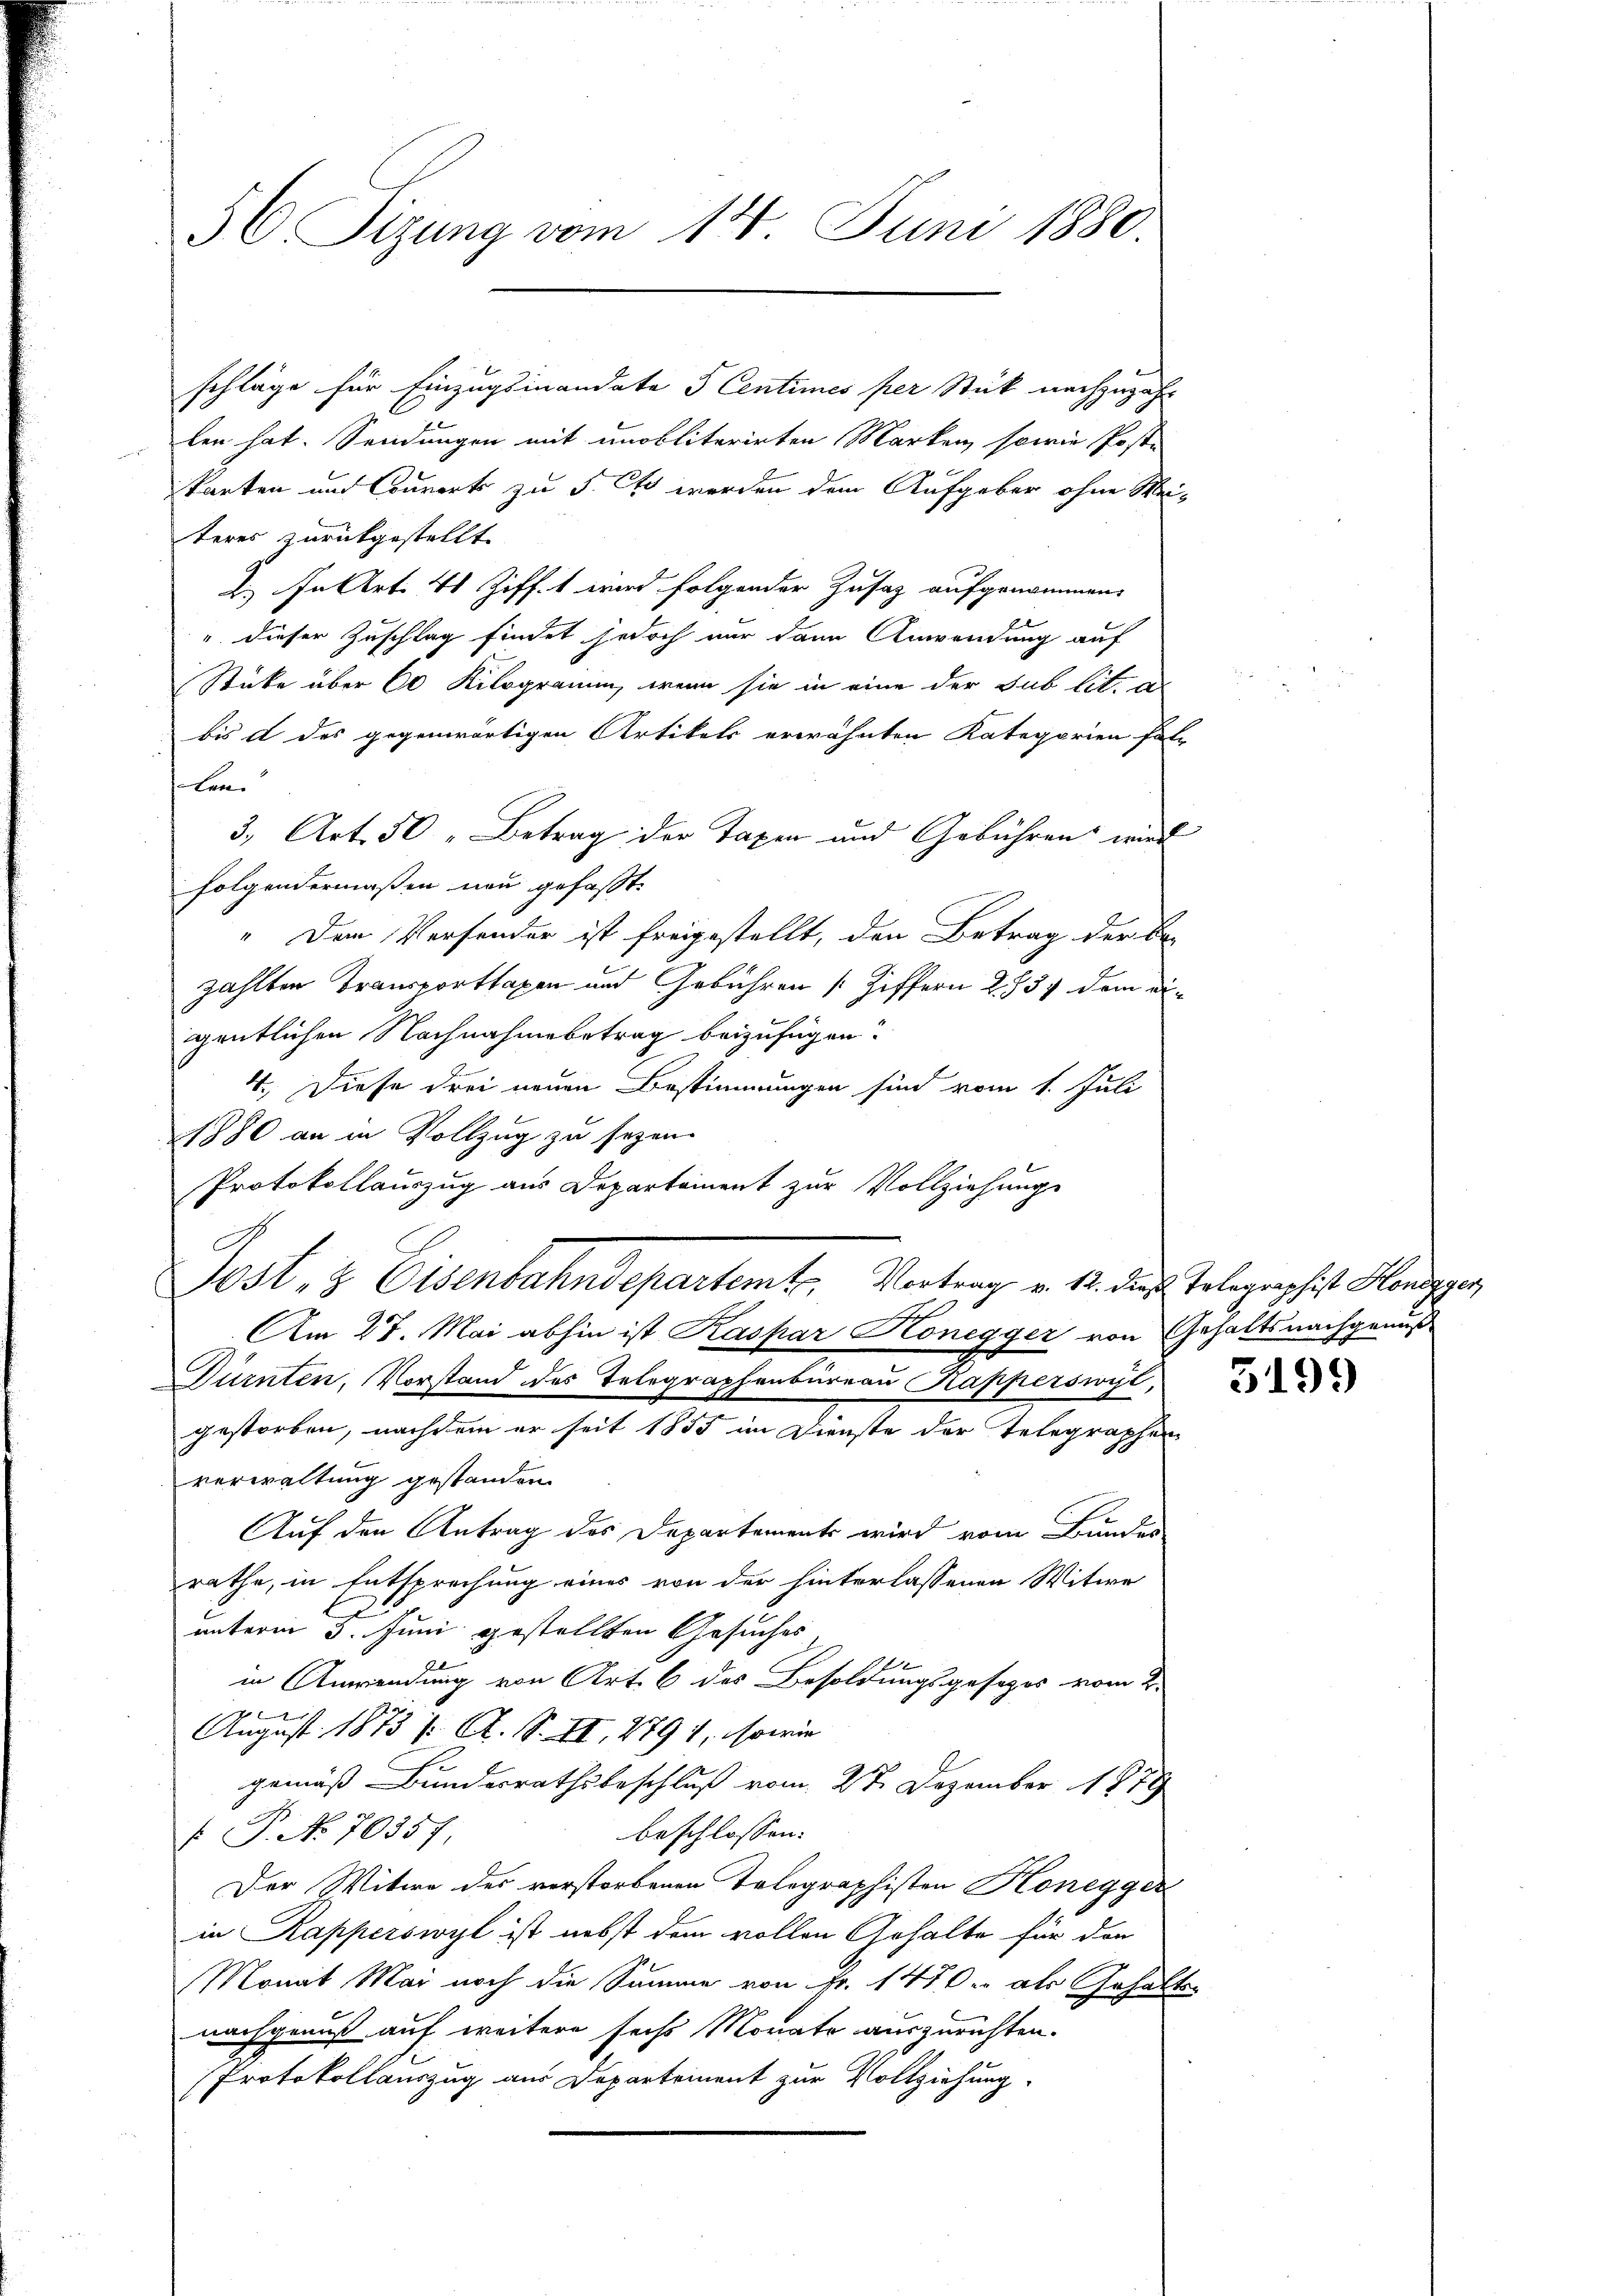
56. Sizung vom 14. Juni 1880.

schläge für Einzugsinandate 5 Centimes per Stück nachzuzah
len hat. Sendungen mit unobliterirten Marken, sowie Poste
karten und Courorts zu S. Es werden dem Aufgeber ohne Meiteres zurückgestellt.
2.) In Art. 41 Zifft wird folgender Zusatz aufgenommen.
" dieser Zuschlag findet jedoch nur dann Anwendung auf
Stücke über 60 Kilogramm, wenn sie in eine der sub lit. a
bis d des gegenwärtigen Artikels erwähnten Kategorien hat
len.
3, Art. 50 " Betrag der Taxen und Gebühren wird
folgendermaßen neu gefasst.
" Den Versonder ist freigestellt, den Betrag der Be-
zählten Transportlagen und Gebühren (Ziffern 2757 dem eigentlichen Nachnahme betrag beizufügen.
4. Diese drei neuen Bestimmungen sind vom 1. Juli
1880 an in Vollzug zu sezen.
Sch
Am 27. Mai abhin ist Kaspar Kronegger von Gehaltsnachgenuß
Dürnten, Vorstand des Telegraphenbureau Kapperswyl,
gestorben, nachdem er seit 1855 im Dienste der Telegraphen
verwaltung gestanden
Auf den Antrag des Departements wird vom Bundes
rathe, in Entsprechung eines von der hinterlassenen Witwe
unterm 5. Juni gestellten Gesuches
in Anwendung von Art. 6 des Besoldungsgesezes vom 2.
f
August 1873 /: A. S. II, 1791, sowie
gemäß Bunderrathsbeschluß vom 27. Dezember 1879
beschlossen:
 P. No 70357,
Der Witwe des verstorbenen Telegraphisten Honegger
in Kapperswyl ist nebst dem vollen Gehalte für den
Monat Mai noch die Summe von Fr. 1470. als Gehaltenachgenuß auf weitere sechs Monats auszurichten.
Protokollauszug aus Departement zur Vollziehung.

Protokollauszug aus Departement zur Vollziehung
Dost, 3 Eisenbahndepartemb. Vortrag v. 12. des Telegraphist Handger

l

5199